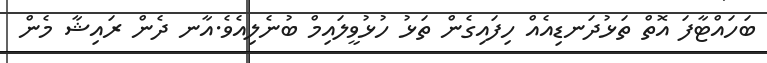
ބަހައްޓާފަ އޮތް ތަޅުދަނޑިއެއް ހިފައިގެން ތަޅު ހުޅުވީލައިމް ބުނެލިއެވެ.އާނ ދެން ރައިޝާ މެން